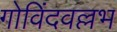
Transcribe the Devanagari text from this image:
गोविंदवल्लभ